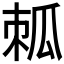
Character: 𤫷